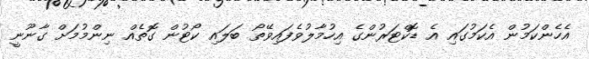
އެހެންކަމުން އެކަމުގައި އެ ޑޮކްޓަރުންގެ އިހުމާލުވެފައިވޭތޯ ބަލައި ކޯޓުން ގޮތެއް ނިންމުމަށް ގާނޫނީ